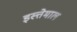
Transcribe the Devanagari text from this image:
इस्त्तेमाल